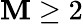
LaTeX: \mathbf{M}\geq2